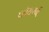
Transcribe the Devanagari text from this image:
प्लेयरची